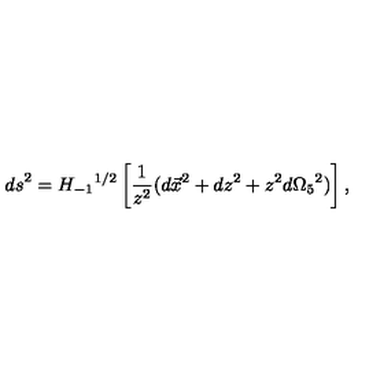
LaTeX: { d s } ^ { 2 } = { H _ { - 1 } } ^ { 1 / 2 } \left[ \frac { 1 } { z ^ { 2 } } ( d \vec { x } ^ { 2 } + d z ^ { 2 } + z ^ { 2 } d { \Omega _ { 5 } } ^ { 2 } ) \right] ,